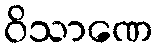
ဝိသာဏေ